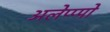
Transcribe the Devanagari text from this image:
अलेप्प्पो